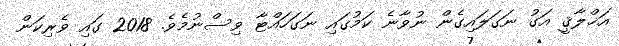
އަޚްލާޤީ އަގު ނަގަލައިގެން ނުވާނެ ކަމުގައި ނަގަހައްޓާ ވިސްނުމެވެ. 2018 ގައި ވެރިކަން